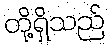
တို့ရှိသည်